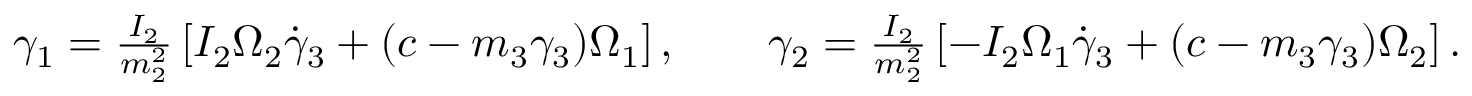
\begin{array} { r } { \gamma _ { 1 } = \frac { I _ { 2 } } { m _ { 2 } ^ { 2 } } \left[ I _ { 2 } \Omega _ { 2 } \dot { \gamma } _ { 3 } + ( c - m _ { 3 } \gamma _ { 3 } ) \Omega _ { 1 } \right] , \qquad \gamma _ { 2 } = \frac { I _ { 2 } } { m _ { 2 } ^ { 2 } } \left[ - I _ { 2 } \Omega _ { 1 } \dot { \gamma } _ { 3 } + ( c - m _ { 3 } \gamma _ { 3 } ) \Omega _ { 2 } \right] . } \end{array}